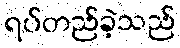
ရပ်တည်ခဲ့သည်